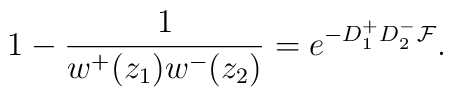
1 - \frac 1 {w^+ (z_1) w^- (z_2)}= e^{-D^+_1 D^-_2 {\cal F}}.